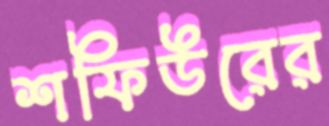
শফিউরের